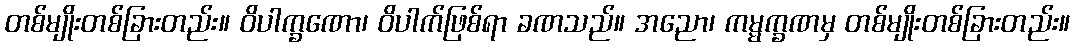
တစ်မျိုးတစ်ခြားတည်း။ ဝိပါက္ခဏော၊ ဝိပါက်ဖြစ်ရာ ခဏသည်။ အညော၊ ကမ္မက္ခဏမှ တစ်မျိုးတစ်ခြားတည်း။